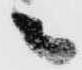
之